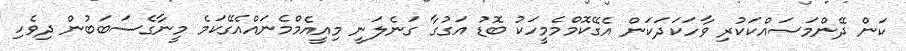
ކަން ދޭންމަސައްކަކުރި ވާހަކަދަކަން އެގޭކޮމްމެމީހަކު ބޮޑު އަގުގާ ގަނެލަނީ މިއީއެމްމެނައްއެގޭކަމެ މީނާގެސަބަބުން ދިވެހި